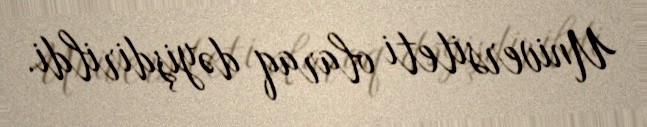
Universiteti olaraq dəyişdirildi.